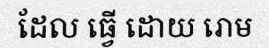
ដែល ធ្វើ ដោយ រោម